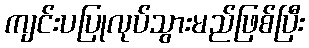
ကျင်းပပြုလုပ်သွားမည်ဖြစ်ပြီး